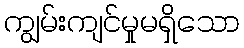
ကျွမ်းကျင်မှုမရှိသော